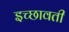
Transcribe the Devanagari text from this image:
इच्छावती